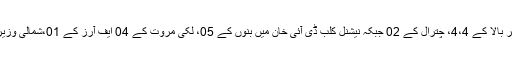
شیڈول کے مطابق پہلے مرحلے میں پشاور کے 19چارسدہ کے 07 سوات کے 11، بونیر اور دیر بالا کے 4،4، چترال کے 02 جبکہ نیشنل کلب ڈی آئی خان میں بنوں کے 05، لکی مروت کے 04 ایف آرز کے 01،شمالی وزیرستان کے 01ڈی آئی خان کے 07جبکہ ٹانک کے 02ریٹرننگ افسران کو تربیت دی جارہی ہے۔